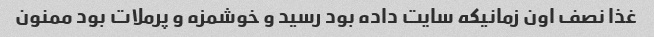
غذا نصف اون زمانیکه سایت داده بود رسید و خوشمزه و پرملات بود ممنون